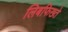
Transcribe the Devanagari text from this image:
लिबफिख्ते